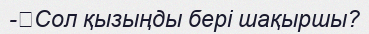
-	Сол қызыңды бері шақыршы?